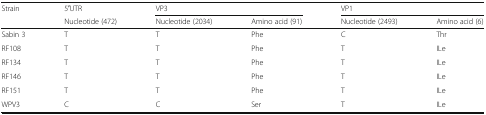
<table><thead><tr><td><b>Strain</b></td><td><b>5′UTR</b></td><td colspan="2"><b>VP3</b></td><td colspan="2"><b>VP1</b></td></tr><tr><td></td><td><b>Nucleotide (472)</b></td><td><b>Nucleotide (2034)</b></td><td><b>Amino acid (91)</b></td><td><b>Nucleotide (2493)</b></td><td><b>Amino acid (6)</b></td></tr></thead><tbody><tr><td>Sabin 3</td><td>T</td><td>T</td><td>Phe</td><td>C</td><td>Thr</td></tr><tr><td>RF108</td><td>T</td><td>T</td><td>Phe</td><td>T</td><td>ILe</td></tr><tr><td>RF134</td><td>T</td><td>T</td><td>Phe</td><td>T</td><td>ILe</td></tr><tr><td>RF146</td><td>T</td><td>T</td><td>Phe</td><td>T</td><td>ILe</td></tr><tr><td>RF151</td><td>T</td><td>T</td><td>Phe</td><td>T</td><td>ILe</td></tr><tr><td>WPV3</td><td>C</td><td>C</td><td>Ser</td><td>T</td><td>ILe</td></tr></tbody></table>